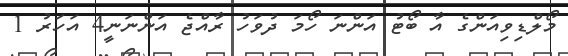
މޯލްޑިވިއަންގެ އާ ބޯޓު އަންނަ ހޯމަ ދުވަހު ރާއްޖެ އަންނަނީ4 އަހަރު 1